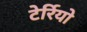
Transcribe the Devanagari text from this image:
टेर्रियो